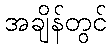
အချိန်တွင်